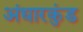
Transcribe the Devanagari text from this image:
अंधारकुंड